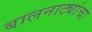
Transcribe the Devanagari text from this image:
बालनाट्यांचा